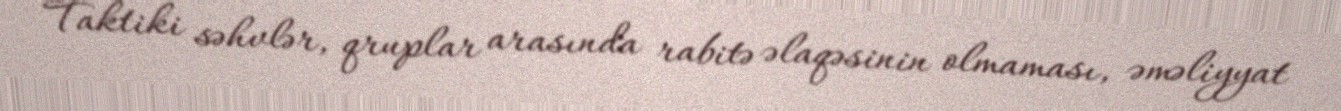
Taktiki səhvlər, qruplar arasında rabitə əlaqəsinin olmaması, əməliyyat